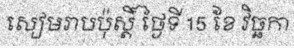
សៀមរាបប៉ុស្តិ៍ ថ្ងៃទី 15 ខែ វិច្ឆកា